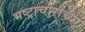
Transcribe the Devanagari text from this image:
भष्ट्राचाराच्या